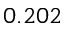
0 . 2 0 2